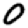
Digit: 0